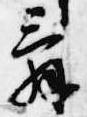
辞